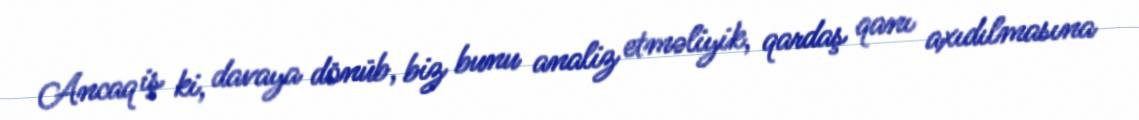
Ancaq iş ki, davaya dönüb, biz bunu analiz etməliyik, qardaş qanı axıdılmasına